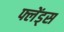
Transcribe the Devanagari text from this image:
फ्लेंड्स